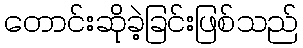
တောင်းဆိုခဲ့ခြင်းဖြစ်သည်